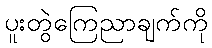
ပူးတွဲကြေညာချက်ကို